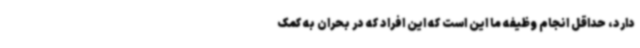
دارد، حداقل انجام وظیفه ما این است که این افراد که در بحران به کمک